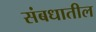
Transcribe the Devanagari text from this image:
संबधातील